Problem: 3 × 6 = ?
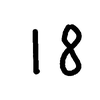
Handwritten answer: 18